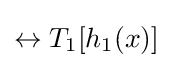
\leftrightarrow T_{1}[h_{1}(x)]